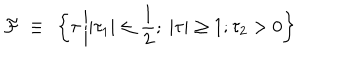
{ \cal F } ~ \equiv ~ \left\{ \tau \left| | \tau _ { 1 } | \leq \frac { 1 } { 2 } ; ~ \vert \tau \vert \geq 1 ; \tau _ { 2 } > 0 \right. \right\}